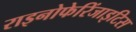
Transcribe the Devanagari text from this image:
राइनोफेरिंजाइटिस